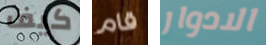
كيف قام الادوار